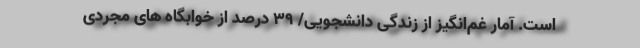
است. آمار غم‌انگیز از زندگی دانشجویی/ ۳۹ درصد از خوابگاه های مجردی